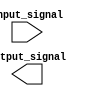
module IOBuffer (
    input wire input_signal,
    output reg output_signal
);

reg input_buffer;
reg output_buffer;

// Input buffer
always @(posedge input_signal)
    begin
        // Implement input buffering logic here
        // Ensure signal integrity 
        input_buffer <= input_signal;
    end

// Output buffer
always @(posedge output_buffer)
    begin
        // Implement output buffering logic here
        // Ensure proper output voltage levels and timing requirements
        output_buffer <= output_signal;
    end

endmodule